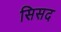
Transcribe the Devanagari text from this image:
सिसद